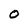
Character: O